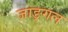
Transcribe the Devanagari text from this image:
जाङ्गल